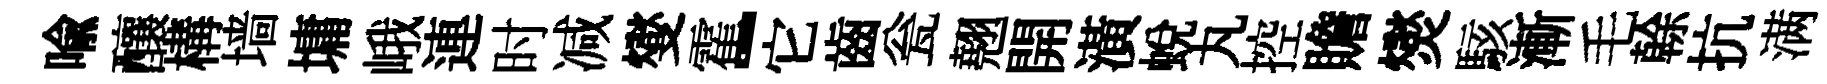
喻釀構墙墉峨連时减燮霍-它齒瓮翹開潢蛻丸控贍爕駭漸毛𠏉抗满